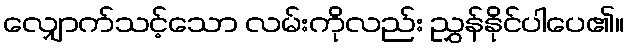
လျှောက်သင့်သော လမ်းကိုလည်း ညွှန်နိုင်ပါပေ၏။